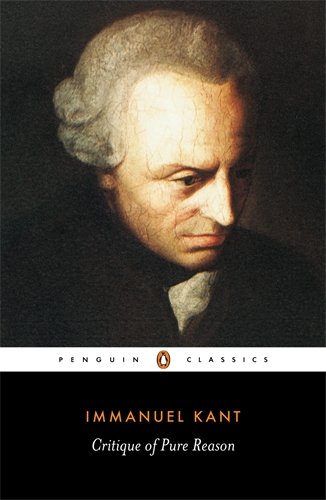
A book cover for Critique of Pure Reason (Penguin Classics); Immanuel Kant; Literature & Fiction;